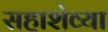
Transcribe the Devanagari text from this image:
सहाशेव्या